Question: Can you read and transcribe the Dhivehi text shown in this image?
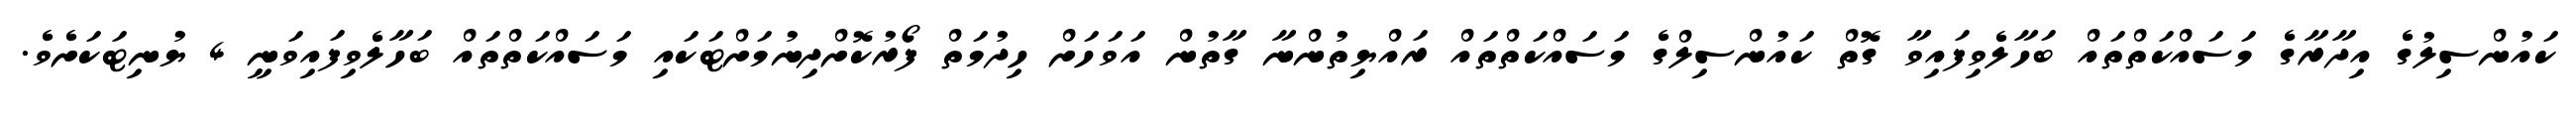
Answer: ކައުންސިލުގެ އިދާރާގެ މަސައްކަތްތައް ބަހާލެވިފައިވާ ގޮތް ކައުންސިލްގެ މަސައްކަތްތައް ރައްޔިތުންނާ ގާތުން އަވަހަށް ހިދުމަތް ފޯރުކޮށްދިނުމަށްޓަކައި މަސައްކަތްތައް ބަހާލެވިފައިވަނީ 4 ޔުނިޓަކަށެވެ.